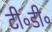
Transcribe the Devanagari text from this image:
टी॰डी॰